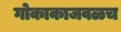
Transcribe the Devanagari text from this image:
गोकाकाजवळच